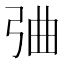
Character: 𢏣